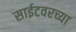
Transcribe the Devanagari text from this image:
साईटवरच्या